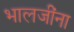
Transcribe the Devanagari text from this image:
भालजींना